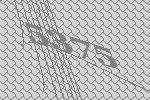
5375